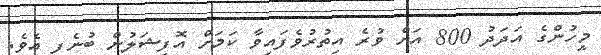
މީހުންގެ އަދަދު 800 އަށް ވުރެ އިތުރުވެފައިވާ ކަމަށް އޮފިޝަލުން ބުނެފި އެވެ.